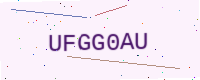
Text: UFGG0AU